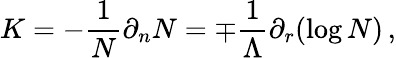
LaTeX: K=-\frac{1}{N}\partial_{n}N=\mp\frac{1}{\Lambda}\partial_{r}(\log N)\, ,